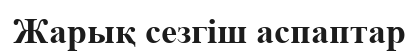
Жарық сезгіш аспаптар